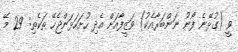
ވީ (ގުޅޭނެ ފޯނު ނަންބަރާއެކު) ވަޒީފާއަށް އެދި ހުށަހަޅަންޖެހޭ ތަކެތި: 29 މޭ